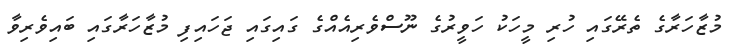
މުޒާހަރާގެ ތެރޭގައި ހުރި މީހަކު ހަވީރުގެ ނޫސްވެރިއެއްގެ ގައިގައި ޖަހައިފި މުޒާހަރާގައި ބައިވެރިވާ